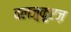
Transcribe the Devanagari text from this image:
वलज़्क़ुएज़